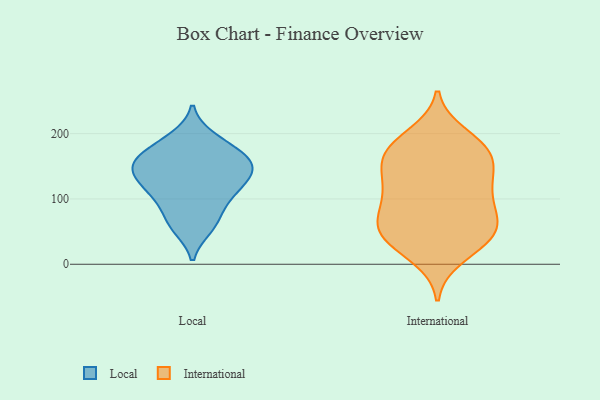
{"axis": {"x": "Shipments", "y": "Value"}, "legend": ["International", "Local"], "data": [{"x": "", "y": 117, "type": "Local"}, {"x": "", "y": 121, "type": "Local"}, {"x": "", "y": 88, "type": "Local"}, {"x": "", "y": 56, "type": "Local"}, {"x": "", "y": 96, "type": "Local"}, {"x": "", "y": 146, "type": "Local"}, {"x": "", "y": 177, "type": "Local"}, {"x": "", "y": 68, "type": "Local"}, {"x": "", "y": 161, "type": "Local"}, {"x": "", "y": 154, "type": "Local"}, {"x": "", "y": 191, "type": "Local"}, {"x": "", "y": 163, "type": "Local"}, {"x": "", "y": 131, "type": "Local"}, {"x": "", "y": 109, "type": "Local"}, {"x": "", "y": 55, "type": "Local"}, {"x": "", "y": 157, "type": "Local"}, {"x": "", "y": 194, "type": "Local"}, {"x": "", "y": 160, "type": "Local"}, {"x": "", "y": 140, "type": "Local"}, {"x": "", "y": 130, "type": "Local"}, {"x": "", "y": 114, "type": "International"}, {"x": "", "y": 173, "type": "International"}, {"x": "", "y": 177, "type": "International"}, {"x": "", "y": 173, "type": "International"}, {"x": "", "y": 157, "type": "International"}, {"x": "", "y": 43, "type": "International"}, {"x": "", "y": 87, "type": "International"}, {"x": "", "y": 117, "type": "International"}, {"x": "", "y": 12, "type": "International"}, {"x": "", "y": 136, "type": "International"}, {"x": "", "y": 62, "type": "International"}, {"x": "", "y": 197, "type": "International"}, {"x": "", "y": 45, "type": "International"}, {"x": "", "y": 178, "type": "International"}, {"x": "", "y": 72, "type": "International"}, {"x": "", "y": 46, "type": "International"}, {"x": "", "y": 138, "type": "International"}, {"x": "", "y": 57, "type": "International"}, {"x": "", "y": 32, "type": "International"}, {"x": "", "y": 100, "type": "International"}]}